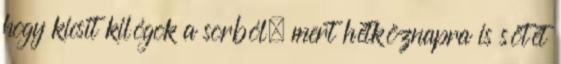
hogy kicsit kilógok a sorból, mert hétköznapra is sötét